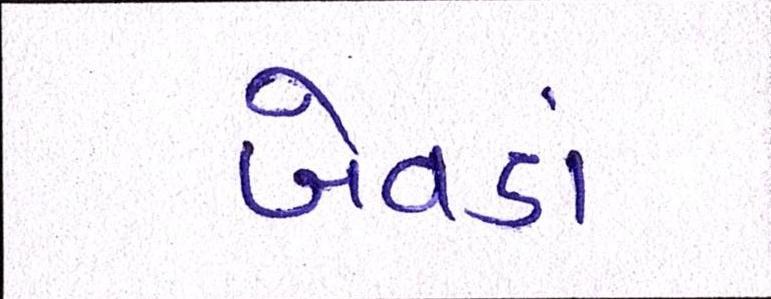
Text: બેવડાં